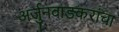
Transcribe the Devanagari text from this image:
अर्जुनवाडकरांचा